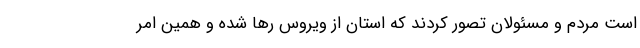
است مردم و مسئولان تصور کردند که استان از ویروس رها شده و همین امر